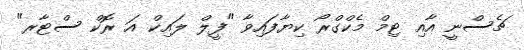
ޗެސްނީ އާއި ޓިމް މެކްގްރޯ ކިޔާފައިވާ "ފީލް ލައިކް އަ ރޮކް ސްޓާރ"